Report on lock hospitals in British Burma
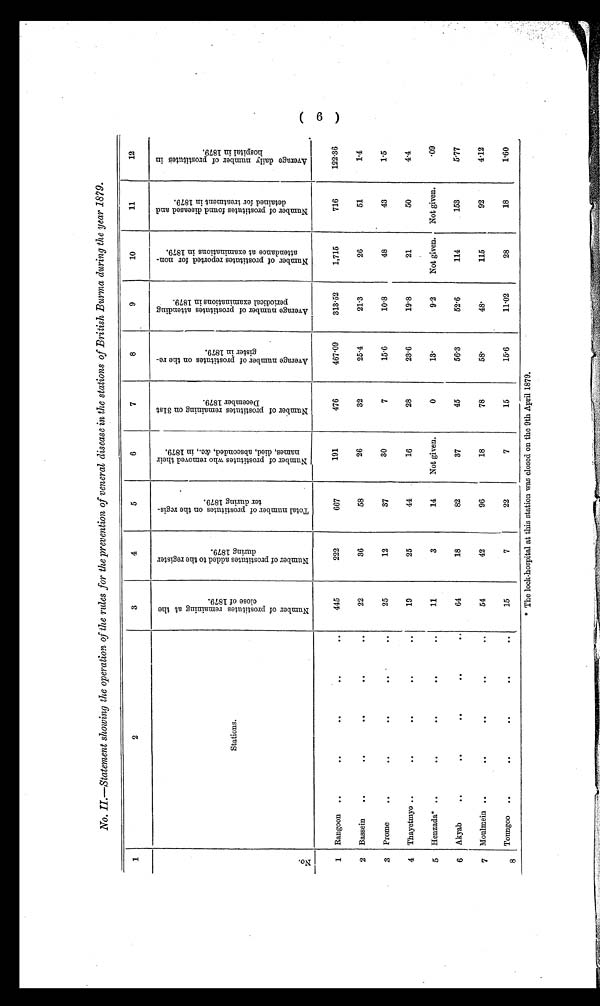
No. II.—Statement showing the operation of the rules for the prevention of veneral disease in the stations of British Burma during the year 1879.
1
2
3
4
5
6
7
8
9
10
11
12
N o .
Stations.
N u m b e r o f p r o s t i t u t e s r e m a i n i n g a t t h e c l o s e o f 1 8 7 9 .
N u m b e r o f t h e p r o s t i t u t e s a d d e d t o t h e r e g i s t e r d u r i n g 1 8 7 9 .
T o t a l n u m b e r o f p r o s t i t u t e s o n t h e r e g i s - t e r d u r i n g 1 8 7 9 .
N u m b e r o f p r o s t i t u t e s w h o r e m o v e d t h e i r n a m e s , d i e d , a b s c o n d e d , a m p ; c i n 1 8 7 9 .
N u m b e r o f p r o s t i t u t e s r e m a i n i n g o n 3 1 s t D e c e m b e r 1 8 7 9 .
A v e r a g e n u m b e r o f p r o s t i t u t e s o n t h e r e - g i s t e r i n 1 8 7 9 .
A v e r a g e n u m b e r o f p r o s t i t u t e s a t t e n d i n g p e r i o d i c a l e x a m i n a t i o n s i n 1 8 7 9 .
N u m b e r o f p r o s t i t u t e s r e p o r t e d f o r n o n - a t t e n d a n c e a t e x a m i n a t i o n s i n 1 8 7 9 .
N u m b e r o f p r o s t i t u t e s f o u n d d i s e a s e d a n d d e t a i n e d f o r t r e a t m e n t i n 1 8 7 9 .
A v e r a g e d a i l y n u m b e r o f p r o s t i t u t e s i n h o s p i t a l i n 1 8 7 9 .
1
Rangoon ..
..
..
..
. .
445
222
667
191
476
467.09
313.52
1,715
716
122.36
2
Bassein
..
..
..
..
..
22
36
58
26
32
25.4
21.3
26
51
1 . 4
3
Prome
..
..
..
..
. .
. .
25
12
37
30
7
15.6
10.8
48
43
1.5
4
Thayetmyo..
..
..
..
. .
19
25
44
16
28
23.6
19.8
21
50
4.4
5
Henzada* ..
..
..
..
..
11
3
14
Not given.
0
13.
9.2
Not given.
Not given.
.09
6
Akyab
..
..
..
..
..
64
18
82
37
45
56.3
52.6
114
153
5.77
7
Moulmein ..
..
..
..
. .
54
42
96
18
78
58.
48.
115
92
4.12
8
Toungoo
..
..
..
..
. .
15
7
22
7
15
15.6
11.02
28
18
1 . 6 0
* The lock-hospital at this station was closed on the 9th April 1879.